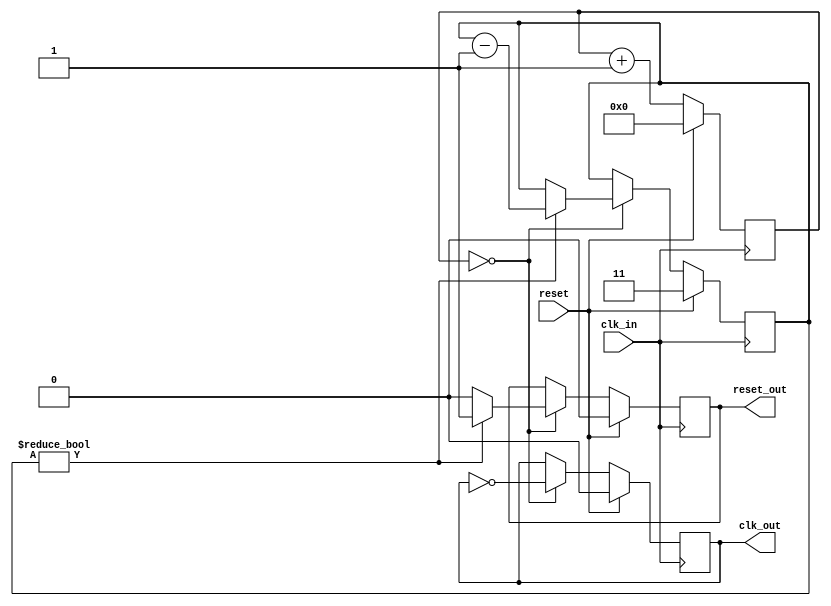
module clock_divider #
  (parameter N_pow = 23)
  (input clk_in, input reset,
   output reg clk_out,
   output reg reset_out
  );
  
  reg [(N_pow-2):0] counter = 0;
  reg [1:0] reset_fwd_done = 0;
  
  initial  begin
    //$dumpvars(0);
  end
  
  always @(posedge clk_in) begin
    if(reset) begin
    	counter <= 0;
        clk_out <= 0;
        reset_fwd_done <= 3;
        reset_out <= 0;
    end
    else begin
      if (counter == 0) begin
        if(reset_fwd_done != 0) begin
          reset_fwd_done <= reset_fwd_done - 1;
          reset_out <= 1;
        end
        else begin
          reset_out <= 0;
        end
        clk_out <= ~clk_out;
      end
      counter <= counter + 1;
    end
  end
  
endmodule